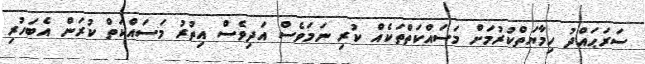
ސަރަޙައްދު ހިމާޔަތްކުރުމަށް މަސައްކަތްތަކެއް ކުރި ނަމަވެސް އަދިވެސް އިތުރު މަސަައްކަތް ކުރަން އެބަހުރި